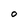
Character: O